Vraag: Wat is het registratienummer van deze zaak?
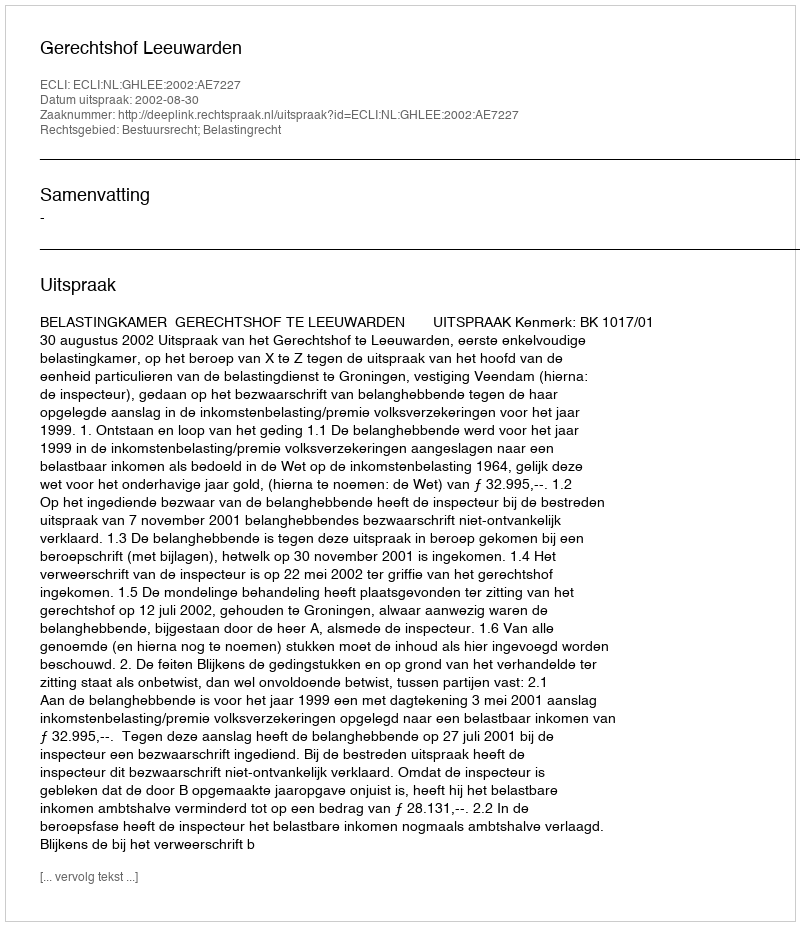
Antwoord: http://deeplink.rechtspraak.nl/uitspraak?id=ECLI:NL:GHLEE:2002:AE7227